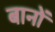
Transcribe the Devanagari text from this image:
बानों